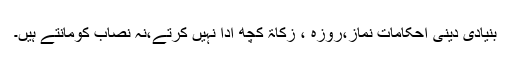
بنیادی دینی احکامات نماز،روزہ ، زکاۃ کچھ ادا نہیں کرتے،نہ نصاب کومانتے ہیں۔